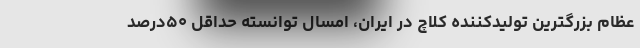
عظام بزرگترین تولیدکننده کلاچ در ایران، امسال توانسته حداقل ۵۰درصد